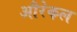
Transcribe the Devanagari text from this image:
औरेकल